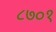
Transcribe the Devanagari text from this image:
८७०१